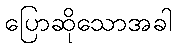
ပြောဆိုသောအခါ